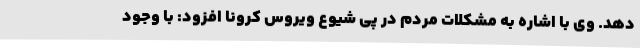
دهد. وی با اشاره به مشکلات مردم در پی شیوع ویروس کرونا افزود: با وجود